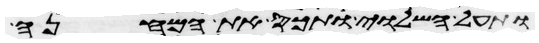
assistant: ותעל השלוי ותכס את המחנה